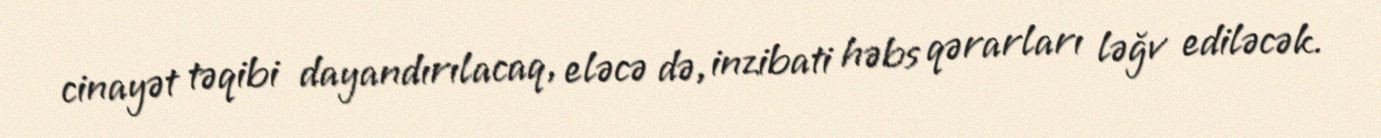
cinayət təqibi dayandırılacaq, eləcə də, inzibati həbs qərarları ləğv ediləcək.